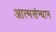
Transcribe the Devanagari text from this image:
आत्मसंन्धान